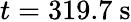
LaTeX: t=319.7~\mathrm{s}